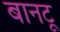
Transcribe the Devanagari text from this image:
बानटू